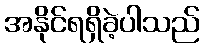
အနိုင်ရရှိခဲ့ပါသည်